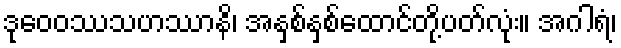
ဒုဝေဝဿသဟဿာနိ၊ အနှစ်နှစ်ထောင်တို့ပတ်လုံး။ အဂါရံ၊